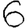
Digit: 6